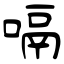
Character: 嗝